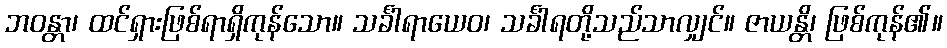
ဘဝန္တာ၊ ထင်ရှားဖြစ်ရာရှိကုန်သော။ သင်္ခါရာယေဝ၊ သင်္ခါရတို့သည်သာလျှင်။ ဇာယန္တိ၊ ဖြစ်ကုန်၏။